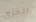
الخزي